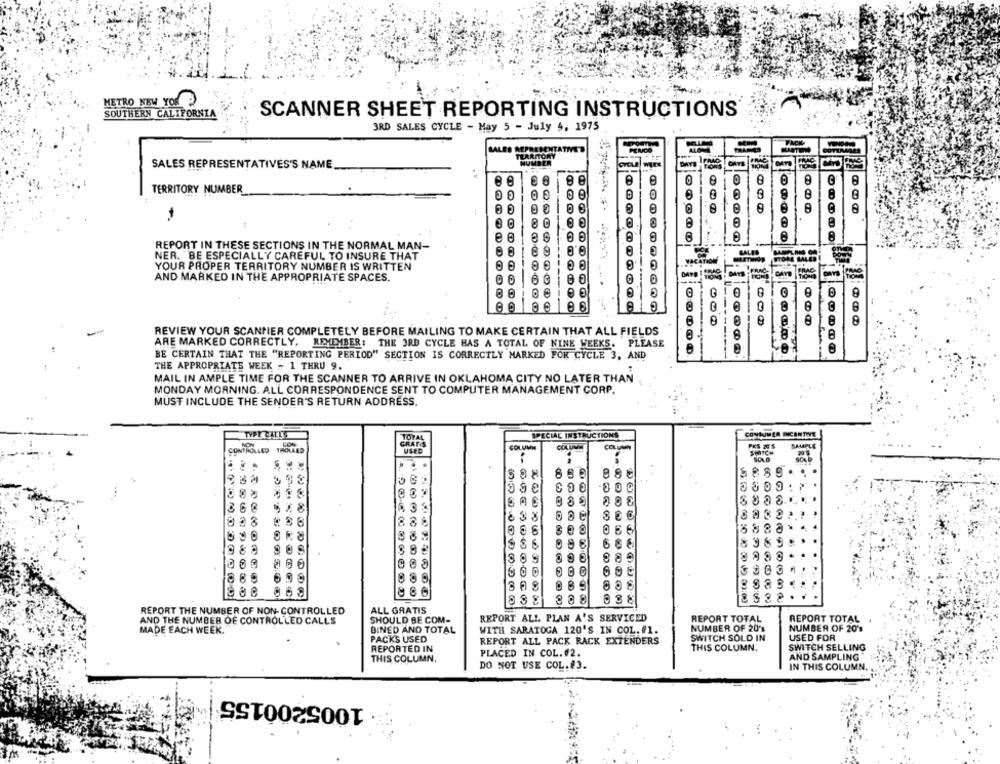
METRO NEW YOR 5
SOUTHERN CALIFORNIA
SCANNER SHEET REPORTING INSTRUCTIONS
3RD SALES CYCLE - May 5 - July 4, 1975
PACK
SALES REPRESENTATHTT
TERRITORY"
ALON
SALES REPRESENTATIVES'S NAME
DAY
C
TERRITORY NUMBER
A
6
es
REPORT IN THESE SECTIONS IN THE NORMAL MAN-
68
NER. BE ESPECIALLY CAREFUL TO INSURE THAT
MOCATION
STORE LALED
YOUR PROPER TERRITORY NUMBER IS WRITTEN
00 180
AND MARKED IN THE APPROPRIATE SPACES.
00 60
....
1
REVIEW YOUR SCANNER COMPLETELY BEFORE MAILING TO MAKE CERTAIN THAT ALL FIELDS
ARE MARKED CORRECTLY. REMEMBER: THE 3RD CYCLE HAS A TOTAL OF NINE WEEKS. PLEASE
BE CERTAIN THAT THE "REPORTING PERIOD" SECTION IS CORRECTLY MARKED FOR CYCLE 3, AND
THE APPROPRIATE WEEK - 1 THRU 9.
MAIL IN AMPLE TIME FOR THE SCANNER TO ARRIVE IN OKLAHOMA CITY NO LATER THAN
MONDAY MORNING. AL'L CORRESPONDENCE SENT TO COMPUTER MANAGEMENT CORP.
MUST INCLUDE THE SENDER'S RETURN ADDRESS.
SPECIAL INSTRUCTIONS
CONSUMER INCENTIVE
SAMPLE
CONTROLLED TROLLED
COLUMN
000
38
8888
88
066
8969
99
889
8
889
699
100000000
esas
868
086
888
038
REPORT THE NUMBER OF NON- CONTROLLED
ALL GRATIS
AND THE NUMBER OF CONTROLLED CALLS
SHOULD BE COM-
REPORT ALL PLAN A'S SERVICED
REPORT TOTAL
REPORT TOTAL
NUMBER OF 20's
MADE EACH WEEK.
BINED AND TOTAL
WITH SARATOGA 120'S IN COL. #1.
NUMBER OF 20's
PACKS USED
REPORT ALL PACK RACK EXTENDERS
SWITCH SOLD IN
USED FOR
REPORTED IN
THIS COLUMN.
SWITCH SELLING
PLACED IN COL.#2.
AND SAMPLING
THIS COLUMN.
DO NOT USE COL.#3.
IN THIS COLUMN.
1005200155 |